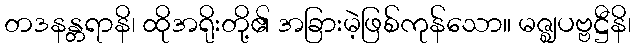
တဒနန္တရာနိ၊ ထိုအရိုးတို့၏ အခြားမဲ့ဖြစ်ကုန်သော။ မဇ္ဈပဗ္ဗဋ္ဌီနိ၊